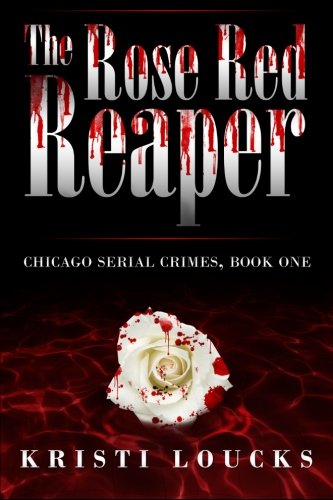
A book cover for The Rose Red Reaper (Chicago Serial Crimes); Kristi Loucks; Romance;